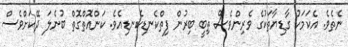
ނެތެވެ. އެކަމަކު ގާޑިޔާތަކުގެ ވެރިންވެސް ތިބީ ބިރުން ފިތްކެނޑިކެނޑިއެވެ. ކަންއޮތްގޮތް ބުނެލަ ދޭކަށްވެސް